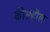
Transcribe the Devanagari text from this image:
कील्हौल